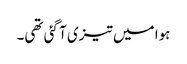
ہوا میں تیزی آ گئی تھی۔